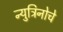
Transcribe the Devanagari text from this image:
न्युट्रिनोचे